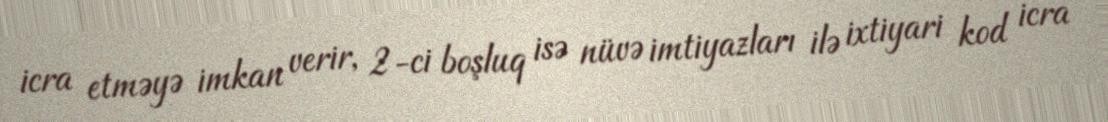
icra etməyə imkan verir, 2-ci boşluq isə nüvə imtiyazları ilə ixtiyari kod icra